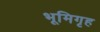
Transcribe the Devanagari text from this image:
भूमिगृह